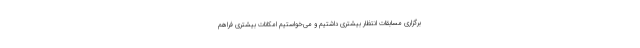
برگزاری مسابقات انتظار بیشتری داشتیم و می‌خواستیم امکانات بیشتری فراهم